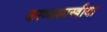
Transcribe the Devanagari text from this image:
काव्यशास्त्रीया